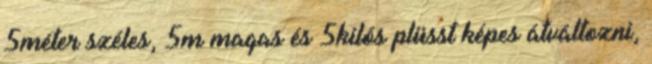
5méter széles, 5m magas és 5kilós plüsst képes átváltozni,